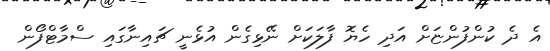
އެ ދެ ކުންފުންޏަށް އަދި ހެޔޮ ފާލަކަށް ނޭޅިގެން އުޅެނީ ޗައިނާގައި ސްމާޓްފޯން